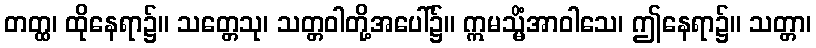
တတ္ထ၊ ထိုနေရာ၌။ သတ္တေသု၊ သတ္တဝါတို့အပေါ်၌။ ဣမသ္မိံအာဝါသေ၊ ဤနေရာ၌။ သတ္တာ၊